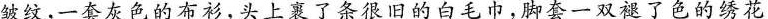
皱纹，一套灰色的布衫，头上裹了条很旧的白毛巾，脚套一双褪了色的绣花